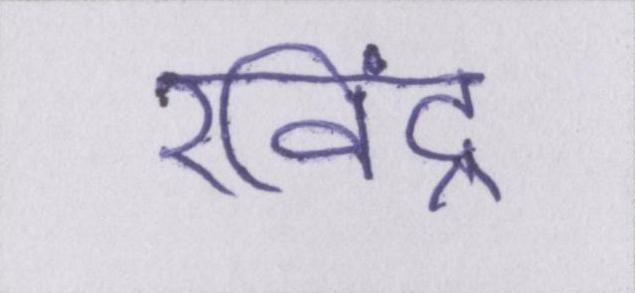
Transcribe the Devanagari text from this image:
रविंद्र